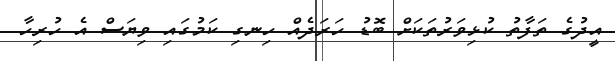
އީދުގެ ތަފާތު ކުޅިވަރުތަކަށް ބޮޑު ހަރަދެއް ހިނގި ކަމުގައި ވިޔަސް އެ ހުރިހާ